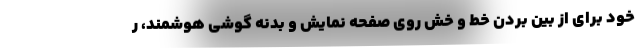
خود برای از بین بردن خط و خش روی صفحه نمایش و بدنه گوشی هوشمند، ر